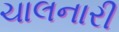
ચાલનારી